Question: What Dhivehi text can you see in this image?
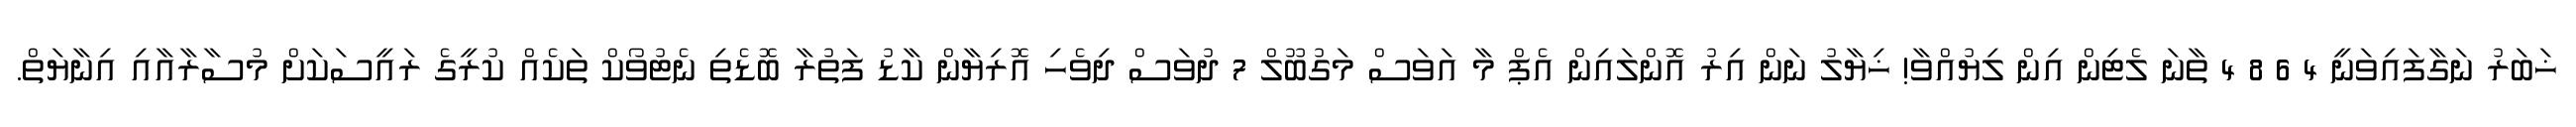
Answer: ޚަބަރު ނަގާފައިވަނީ 4 6 8 4 ތާނަ ލެޓިން އިން ލިޔުއްވާ! ޚިޔާލު ނަން އިރު އޮންލައިން އެޕް މާ އަވަސް މަގުބޫލް 7 ދުވަސް ދިވެހި އޮރިޔާން ކާޑު ފަތުރާ ބޮޑެތި ނެޓުވޯކް ތަކެއް ކުރީގެ ރައީސަކަށް މުސާރާއާއި އިނާޔަތް.